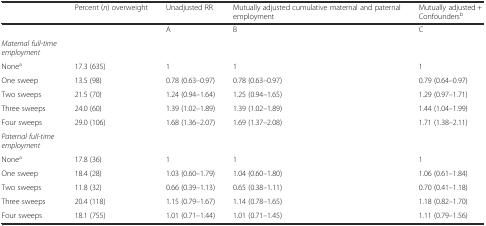
|  | Percent (n) overweight | Unadjusted RR | Mutually adjusted cumulative maternal and paternal employment | Mutually adjusted + Confoundersb |
 | --- | --- | --- | --- | --- |
 |  |  | A | B | C |
 | Maternal full-time employment |  |  |  |  |
 | Nonea | 17.3 (635) | 1 | 1 | 1 |
 | One sweep | 13.5 (98) | 0.78 (0.63–0.97) | 0.78 (0.63–0.97) | 0.79 (0.64–0.97) |
 | Two sweeps | 21.5 (70) | 1.24 (0.94–1.64) | 1.25 (0.94–1.65) | 1.29 (0.97–1.71) |
 | Three sweeps | 24.0 (60) | 1.39 (1.02–1.89) | 1.39 (1.02–1.89) | 1.44 (1.04–1.99) |
 | Four sweeps | 29.0 (106) | 1.68 (1.36–2.07) | 1.69 (1.37–2.08) | 1.71 (1.38–2.11) |
 | Paternal full-time employment |  |  |  |  |
 | Nonea | 17.8 (36) | 1 | 1 | 1 |
 | One sweep | 18.4 (28) | 1.03 (0.60–1.79) | 1.04 (0.60–1.80) | 1.06 (0.61–1.84) |
 | Two sweeps | 11.8 (32) | 0.66 (0.39–1.13) | 0.65 (0.38–1.11) | 0.70 (0.41–1.18) |
 | Three sweeps | 20.4 (118) | 1.15 (0.79–1.67) | 1.14 (0.78–1.65) | 1.18 (0.82–1.70) |
 | Four sweeps | 18.1 (755) | 1.01 (0.71–1.44) | 1.01 (0.71–1.45) | 1.11 (0.79–1.56) |